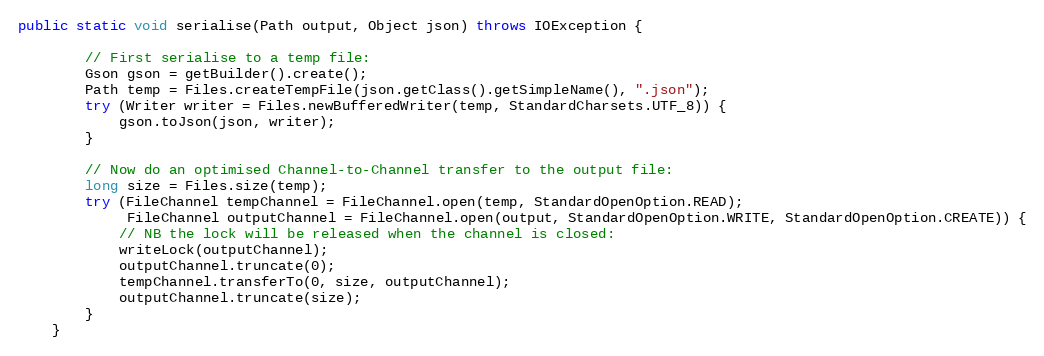
Language: Java
public static void serialise(Path output, Object json) throws IOException {

        // First serialise to a temp file:
        Gson gson = getBuilder().create();
        Path temp = Files.createTempFile(json.getClass().getSimpleName(), ".json");
        try (Writer writer = Files.newBufferedWriter(temp, StandardCharsets.UTF_8)) {
            gson.toJson(json, writer);
        }

        // Now do an optimised Channel-to-Channel transfer to the output file:
        long size = Files.size(temp);
        try (FileChannel tempChannel = FileChannel.open(temp, StandardOpenOption.READ);
             FileChannel outputChannel = FileChannel.open(output, StandardOpenOption.WRITE, StandardOpenOption.CREATE)) {
            // NB the lock will be released when the channel is closed:
            writeLock(outputChannel);
            outputChannel.truncate(0);
            tempChannel.transferTo(0, size, outputChannel);
            outputChannel.truncate(size);
        }
    }